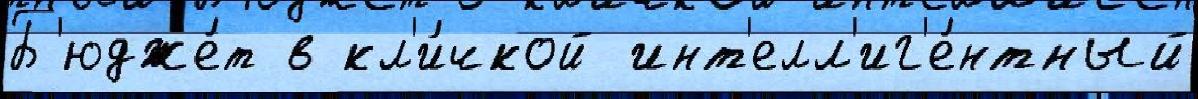
Б'юдже́т в кл'и́чкой инт'елл'иг'е́нтный